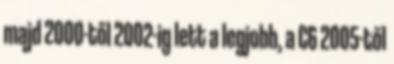
majd 2000-től 2002-ig lett a legjobb, a C6 2005-től